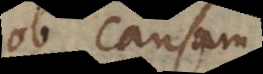
ob causam